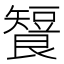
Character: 𬑶